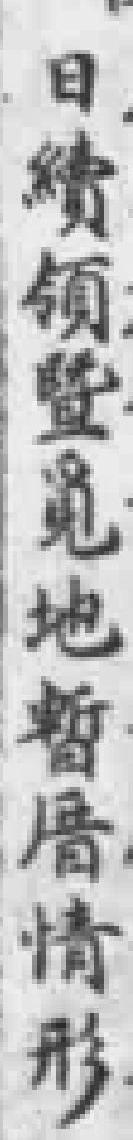
日績領暨覓地暫厝情形